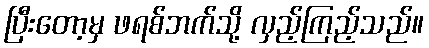
ပြီးတော့မှ ဖရစ်ဘက်သို့ လှည့်ကြည့်သည်။